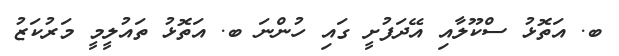
ބ. އަތޮޅު ސްކޫލާއި އޭދަފުށީ ގައި ހުންނަ ބ. އަތޮޅު ތައުލީމީ މަރުކަޒު